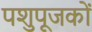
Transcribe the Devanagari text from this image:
पशुपूजकों